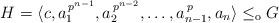
LaTeX: \begin{align*} H = \langle c, a_1^{\, p^{n-1}}, a_2^{\, p^{n-2}}, \ldots, a_{n-1}^{\, p}, a_n \rangle \le_\mathrm{o} G \end{align*}